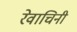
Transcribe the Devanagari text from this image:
रेवाचिनी